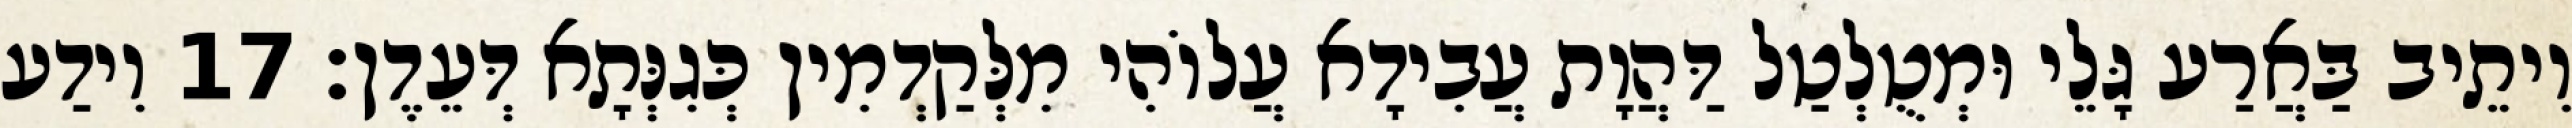
וִיתֵיב בַּאֲרַע גָּלֵי וּמְטֻלְטַל דַּהֲוָת עֲבִידָא עֲלוֹהִי מִלְּקַדְמִין כְּגִנְּתָא דְּעֵדֶן׃ 17 וִידַע